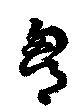
胸